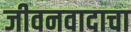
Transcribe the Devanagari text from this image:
जीवनवादाचा